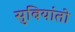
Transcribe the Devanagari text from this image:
सुबियांतो